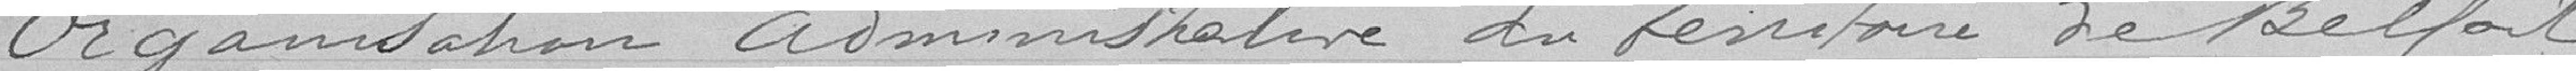
Organisation administrative du territoire de Belfort